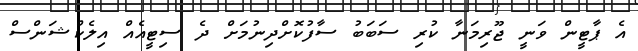
އެ ޕާޓީން ވަނީ ޖޫރިމަނާ ކުރި ސަބަބު ސާފުކޮށްދިނުމަށް ދެ ސިޓީއެއް އިލެކްޝަންސް